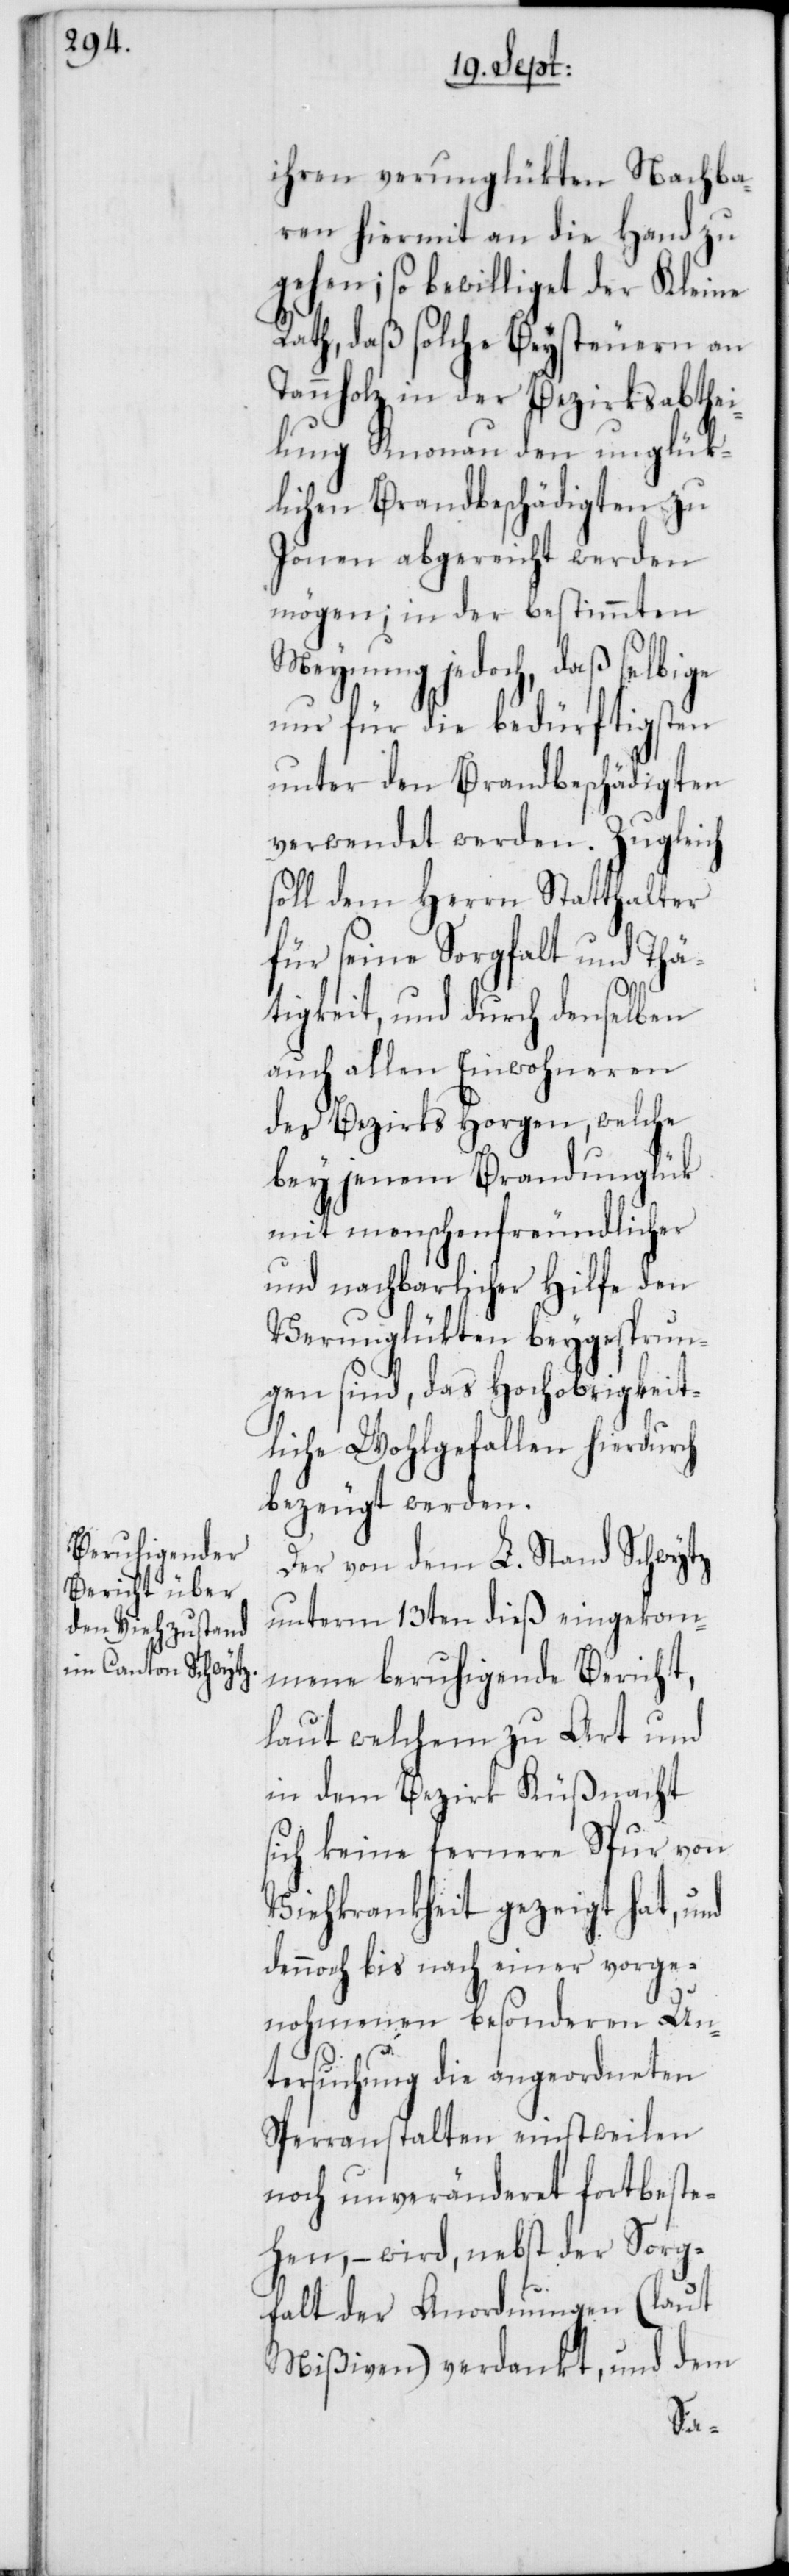
ihren verunglükten Nachba¬
ren hiermit an die Hand zu
gehen; so bewilliget der Kleine
Rath, daß solche Beysteuern an
Tannholz in der Bezirksabthei¬
lung Knonau den unglük¬
lichen Brandbeschädigten zu
Jonen abgereicht werden
mögen; in der bestimmten
Meynung jedoch, daß selbige
nur für die bedürftigsten
unter den Brandbeschädigten
verwendet werden. Zugleich
soll dem Herrn Statthalter
für seine Sorgfalt und Thä¬
tigkeit, und durch denselben
auch allen Einwohneren
des Bezirks Horgen, welche
bey jenem Brandunglük
mit menschenfreundlicher
und nachbarlicher Hilfe den
Verunglükten beygesprun¬
gen sind, das Hochobrigkeit¬
liche Wohlgefallen hierdurch
bezeugt werden.
Der von dem L. Stand Schwytz
unterm 13ten dieß eingekom¬
mene beruhigende Bericht,
laut welchem zu Arth und
in dem Bezirk Küßnacht
sich keine fernere Spur von
Viehkrankheit gezeigt hat, und
dennoch bis nach einer vorge¬
nohmenen besonderen Un¬
tersuchung die angeordneten
Sperranstalten einstweilen
noch unveränderet fortbeste¬
hen, – wird, nebst der Sorg¬
falt der Anordnungen (laut
Mißiven) verdankt, und dem